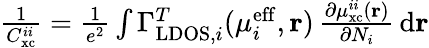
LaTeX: \begin{array}{r}{\frac{1}{C_{\mathrm{xc}}^{ii}}=\frac{1}{e^{2}}\int\Gamma_{\mathrm{LDOS},i}^{T}(\mu_{i}^{\mathrm{eff}},\mathbf{r})\, \frac{\partial\mu_{\mathrm{xc}}^{ii}(\mathbf{r})}{\partial N_{i}}\, \mathrm{d}\mathbf{r}}\end{array}